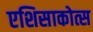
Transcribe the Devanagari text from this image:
एशिसाकोत्स